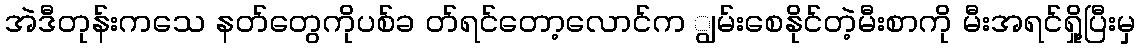
အဲဒီတုန်းကသေ နတ်တွေကိုပစ်ခ တ်ရင်တော့လောင်က ျွမ်းစေနိုင်တဲ့မီးစာကို မီးအရင်ရှို့ပြီးမှ